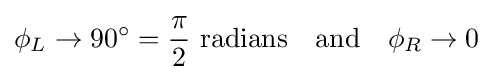
\phi _{L}\to 90^{\circ }={\frac {\pi }{2}}{\mbox{ radians}}\quad {\mbox{and}}\quad \phi _{R}\to 0